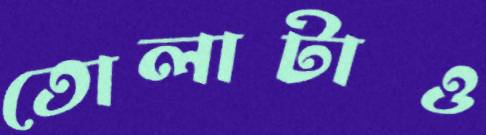
তোলাটাও